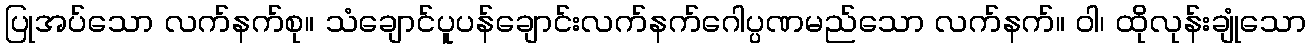
ပြုအပ်သော လက်နက်စု။ သံချောင်ပူပန်ချောင်းလက်နက်ဂေါပ္ပဏမည်သော လက်နက်။ ဝါ၊ ထိုလုန်းချုံသော